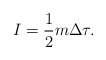
\begin{align*}I={1\over 2} m\Delta\tau.\end{align*}